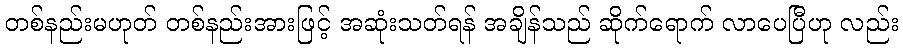
တစ်နည်းမဟုတ် တစ်နည်းအားဖြင့် အဆုံးသတ်ရန် အချိန်သည် ဆိုက်ရောက် လာပေပြီဟု လည်း